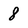
Character: 8